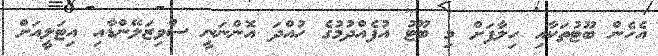
އެހެން ބޫޓުތަކާއި ހިލާފަށް މި ބޫޓު އުފެއްދުމުގެ ހުއްދަ އޮންނަނީ ސްވިޒަލޭންޑާއި އިޓަލީއަށް